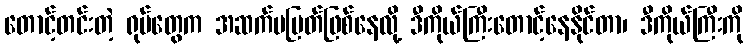
တောင့်တင်းတဲ့ ရုပ်တွေက အဆက်မပြတ်ဖြစ်နေလို့ ဒီကိုယ်ကြီးတောင့်နေနိုင်တာ၊ ဒီကိုယ်ကြီးကို